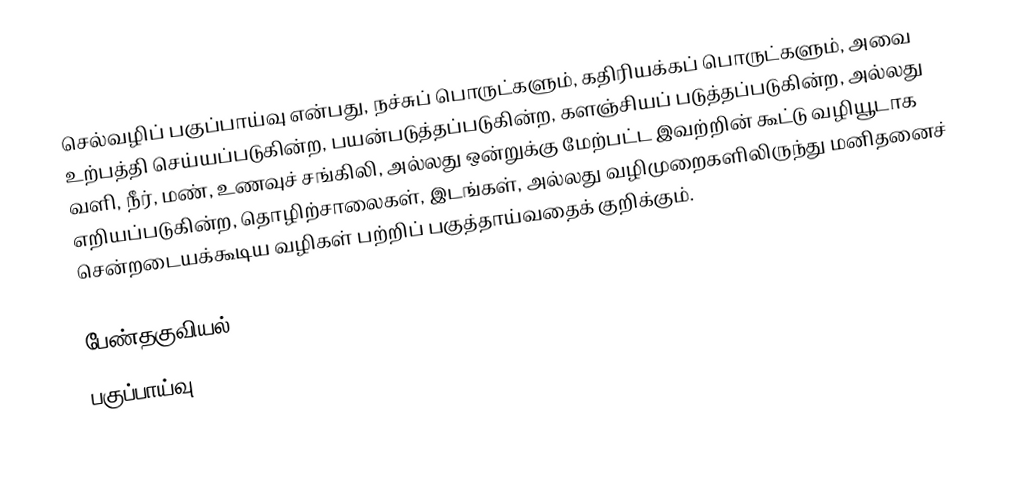
செல்வழிப் பகுப்பாய்வு என்பது, நச்சுப் பொருட்களும், கதிரியக்கப் பொருட்களும், அவை உற்பத்தி செய்யப்படுகின்ற, பயன்படுத்தப்படுகின்ற, களஞ்சியப் படுத்தப்படுகின்ற, அல்லது வளி, நீர், மண், உணவுச் சங்கிலி, அல்லது ஒன்றுக்கு மேற்பட்ட இவற்றின் கூட்டு வழியூடாக எறியப்படுகின்ற,  தொழிற்சாலைகள், இடங்கள், அல்லது வழிமுறைகளிலிருந்து மனிதனைச் சென்றடையக்கூடிய வழிகள் பற்றிப் பகுத்தாய்வதைக் குறிக்கும்.

பேண்தகுவியல்
பகுப்பாய்வு